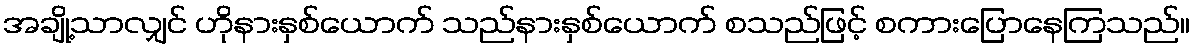
အချို့သာလျှင် ဟိုနားနှစ်ယောက် သည်နားနှစ်ယောက် စသည်ဖြင့် စကားပြောနေကြသည်။